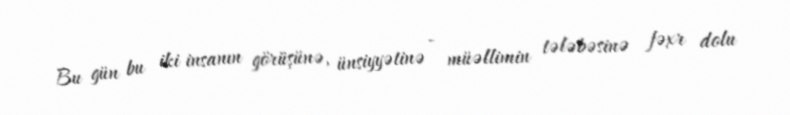
Bu gün bu iki insanın görüşünə, ünsiyyətinə - müəllimin tələbəsinə fəxr dolu